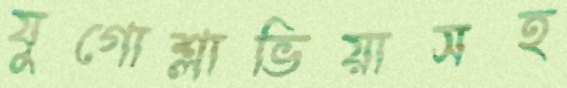
যুগোশ্লাভিয়াসহ